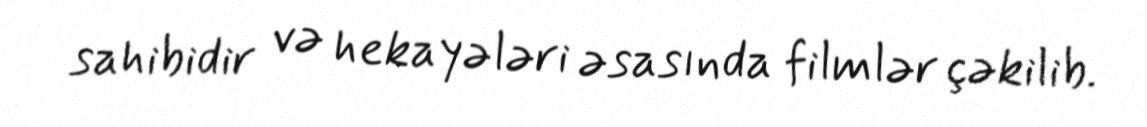
sahibidir və hekayələri əsasında filmlər çəkilib.